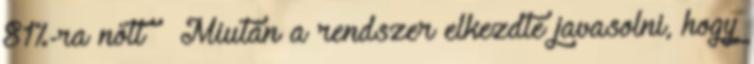
81%-ra nőtt  Miután a rendszer elkezdte javasolni, hogy